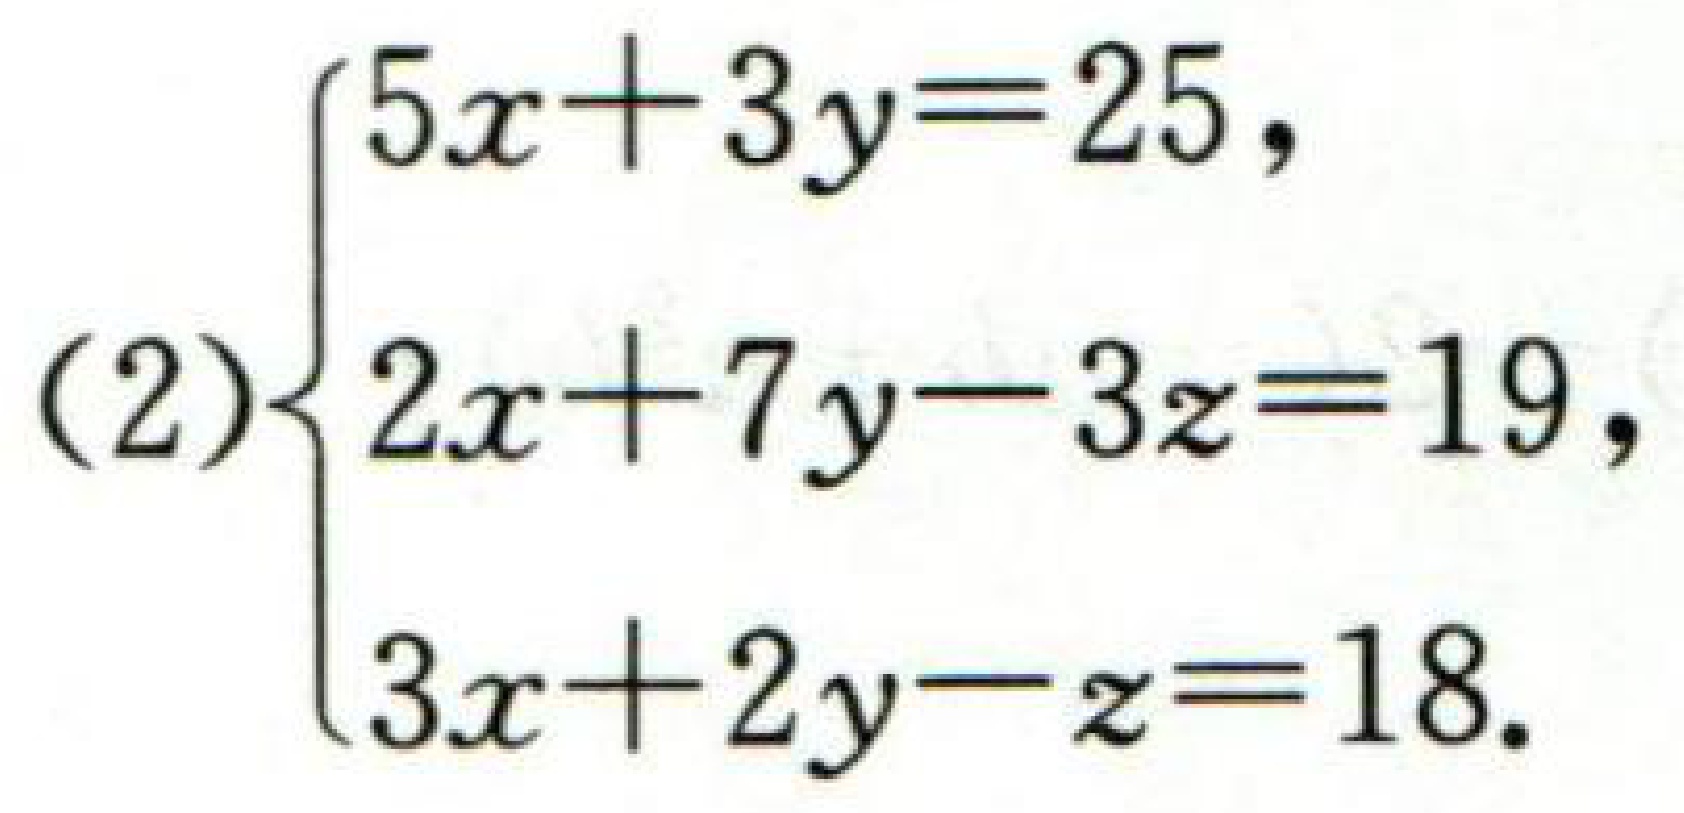
\((2)\begin{cases}5x + 3y = 25,\\2x + 7y - 3z = 19,\\3x + 2y - z = 18.\end{cases}\)